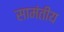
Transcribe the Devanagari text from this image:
सामंतीय